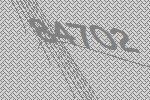
84702